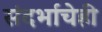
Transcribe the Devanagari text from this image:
संदर्भाचेही